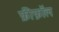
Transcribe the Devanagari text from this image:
फ्रीफ़ॉल